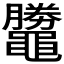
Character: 𪓺